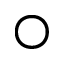
\bigcirc